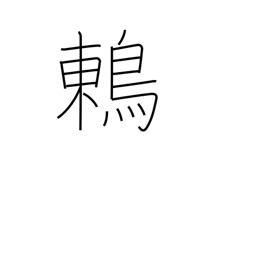
Meaning: thrush